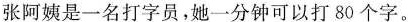
张阿姨是一名打字员，她一分钟可以打80个字。